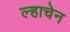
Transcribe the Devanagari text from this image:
ल्हाचेन